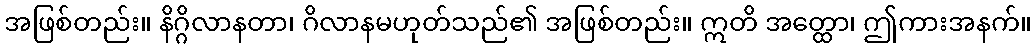
အဖြစ်တည်း။ နိဂ္ဂိလာနတာ၊ ဂိလာနမဟုတ်သည်၏ အဖြစ်တည်း။ ဣတိ အတ္ထော၊ ဤကားအနက်။